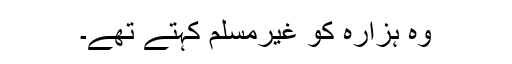
وہ ہزارہ کو غیرمسلم کہتے تھے۔